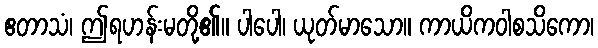
ဧတာသံ၊ ဤရဟန်းမတို့၏။ ပါပေါ၊ ယုတ်မာသော။ ကာယိကဝါစသိကော၊